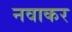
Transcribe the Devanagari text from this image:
नवाकर